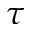
\tau